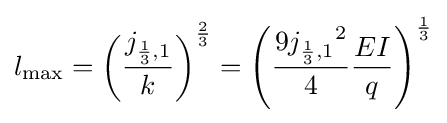
l_{\text{max}}=\left({\frac {j_{{\frac {1}{3}},1}}{k}}\right)^{\frac {2}{3}}=\left({\frac {9{j_{{\frac {1}{3}},1}}^{2}}{4}}{\frac {EI}{q}}\right)^{\frac {1}{3}}